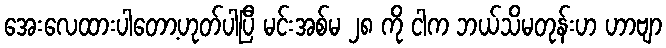
အေးလေထားပါတော့ဟုတ်ပါပြီ မင်းအစ်မ ၂၈ ကို ငါက ဘယ်သိမတုန်းဟ ဟာဗျာ